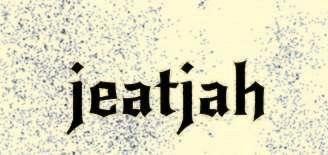
jeatjah